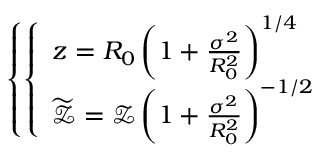
\left\{ \left\{ \begin{array} { l l } { { z = R _ { 0 } \left( 1 + \frac { \sigma ^ { 2 } } { R _ { 0 } ^ { 2 } } \right) ^ { 1 / 4 } } } \\ { { \widetilde { \mathcal { Z } } = \mathcal { Z } \left( 1 + \frac { \sigma ^ { 2 } } { R _ { 0 } ^ { 2 } } \right) ^ { - 1 / 2 } } } \end{array} \right. \right.